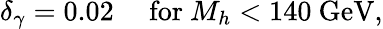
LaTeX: \delta_{\gamma}=0.02\quad\mathrm{~for~}M_{h}<140\mathrm{~GeV},